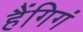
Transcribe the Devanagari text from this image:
हैंगिगं